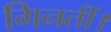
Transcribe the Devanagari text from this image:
गिनतीं।